Report on the working of the mental hospitals for Indians in Bihar and Orissa - 1925-1929
Year: 1925
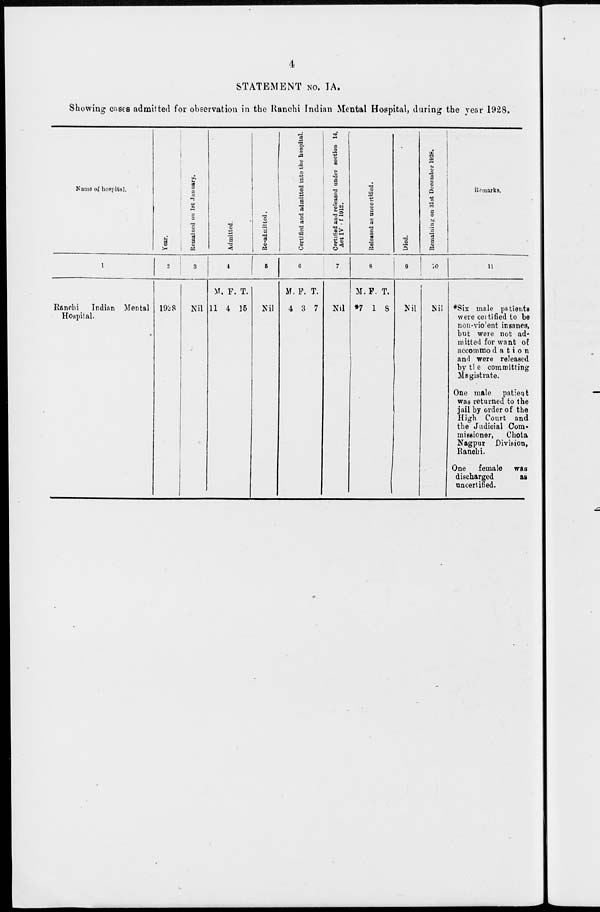
4
STATEMENT No. IA.
Showing cases admitted for observation in the Ranchi Indian Mental Hospital, during the year 1928.
Name of hospital.
1
Ranchi
Indian Mental
Hospital.
Year.
2
1928
Remained on 1st January.
3
Nil
Admitted.
4
M.
11
F.
4
T.
15
Re-admitted.
5
Nil
Certified and admitted into the hospital
6
M.
4
F.
3
T.
7
Certified and released under section 14,
Act IV of 1912.
7
Nil
Released as uncertified.
8
M.
*7
F.
1
T.
8
Died.
9
Nil
Remaining on 31st December 1928.
10
Nil
Remarks.
11
*Six male patients
were certified to be
non-violent insanes,
but were not ad-
mitted for want of
accommodation
and were released
by the committing
Magistrate.
One male patient
was returned to the
jail by order of the
High Court and
the Judicial Com-
missioner,
Chota
Nagpur Division,
Ranchi.
One female was
discharged
as
uncertified.